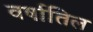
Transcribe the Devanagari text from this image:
वर्षातिल